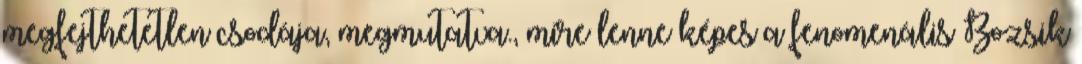
megfejthetetlen csodája, megmutatva., mire lenne képes a fenomenális Bozsik